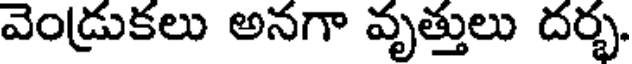
వెండ్రుకలు అనగా వృత్తులు దర్భ.